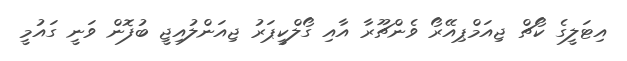
އިޓަލީގެ ކޯޗް ޖިއަމްޕިއޭރޯ ވެންޗޫރާ އާއި ގޯލްކީޕަރު ޖިއަންލުއިޖީ ބުފޮން ވަނީ ގައުމީ